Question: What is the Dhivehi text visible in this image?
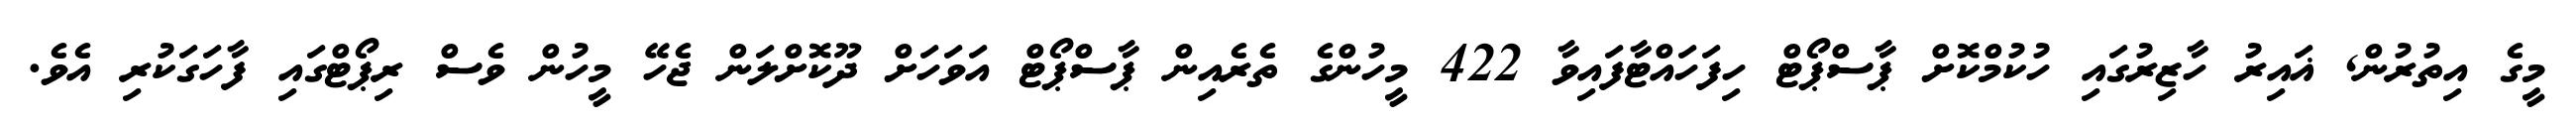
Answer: މީގެ އިތުރުން, ޣައިރު ހާޒިރުގައި ހުކުމްކޮށް ޕާސްޕޯޓް ހިފަހައްޓާފައިވާ 422 މީހުންގެ ތެރެއިން ޕާސްޕޯޓް އަވަހަށް ދޫކޮށްލަން ޖެހޭ މީހުން ވެސް ރިޕޯޓްގައި ފާހަގަކުރި އެވެ.